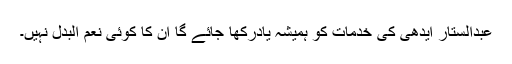
عبدالستار ایدھی کی خدمات کو ہمیشہ یادرکھا جائے گا ان کا کوئی نعم البدل نہیں۔